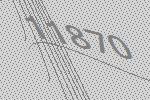
11870